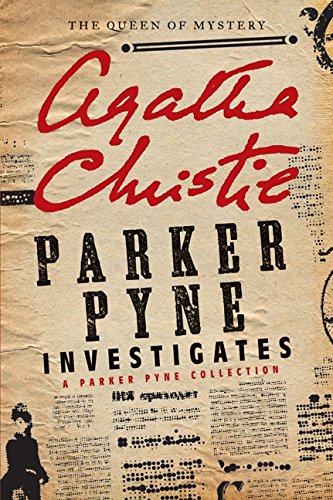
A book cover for Parker Pyne Investigates: A Parker Pyne Collection; Agatha Christie; Mystery, Thriller & Suspense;